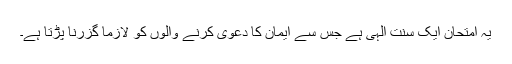
یہ امتحان ایک سنت الٰہی ہے جس سے ایمان کا دعویٰ کرنے والوں کو لازماً گزرنا پڑتا ہے۔